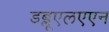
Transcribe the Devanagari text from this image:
डब्लूएलएएन